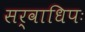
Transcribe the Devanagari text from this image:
सर्वाधिपः